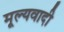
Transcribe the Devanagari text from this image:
मूल्यवादी